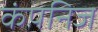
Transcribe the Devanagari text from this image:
कंपनिज